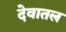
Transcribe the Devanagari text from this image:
देवातल